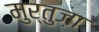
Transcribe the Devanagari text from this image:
मुर्तुज़ा